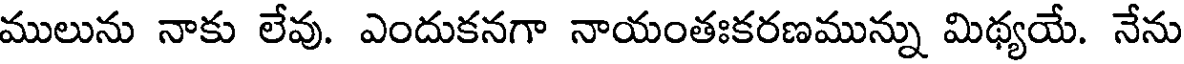
ములును నాకు లేవు. ఎందుకనగా నాయంతఃకరణమున్ను మిథ్యయే. నేను